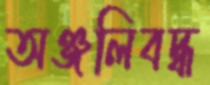
অঞ্জলিবদ্ধ